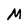
Character: M